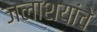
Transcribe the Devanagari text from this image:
जलाशयांचे